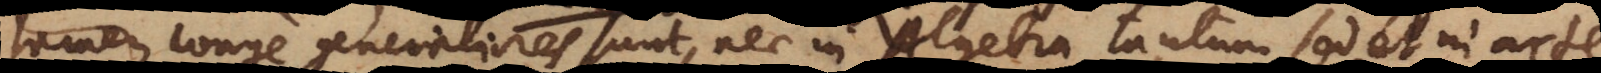
tamen longe generaliores sunt, nec in Algebra tantum, sed et in arte